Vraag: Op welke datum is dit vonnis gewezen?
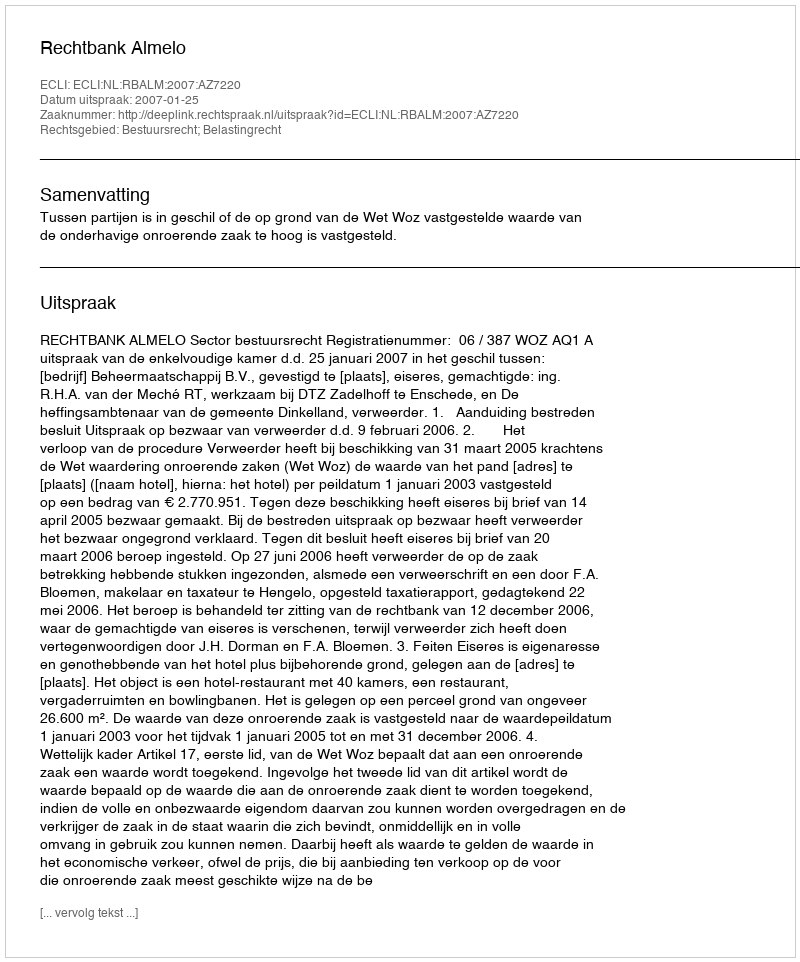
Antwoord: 2007-01-25